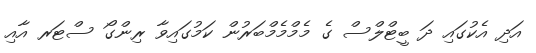
އަދި އެކުގައި ދަ ބީޓްލްސް ގެ މެމްމެމްބަރުން ކަމުގައިވާ ރިންގޯ ސްޓަރ އާއި